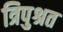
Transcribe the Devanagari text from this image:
त्रिपुश्रत